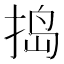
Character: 捣